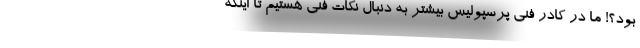
بود؟! ما در کادر فنی پرسپولیس بیشتر به دنبال نکات فنی هستیم تا اینکه